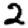
Digit: 2